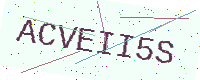
Text: ACVEII5S